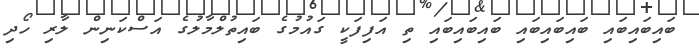
ބައިބައިބައި ބައިބައިބައި ބައިބައިބައި ތި އަފިފަކީ ގައުމުގެ ބައިތުލްމާލުގެ އަސްކަނިން ލާރި ހޯދި